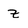
Character: z